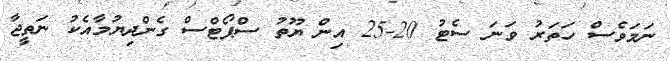
ނަމަވެސް ހަތަރު ވަނަ ސެޓު 20-25 އިން ޔޫތު ސްޕޯޓްސް ގެންދިޔުމާއެކު ނަތީޖާ